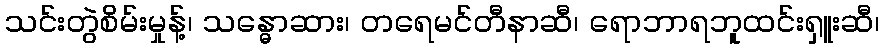
သင်းတွဲစိမ်းမှုန့်၊ သန္ဓောဆား၊ တရေမင်တီနာဆီ၊ ရောဘာရဘူထင်းရှူးဆီ၊